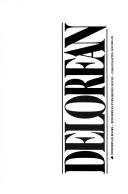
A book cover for DeLorean; John Z. DeLorean; Biographies & Memoirs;